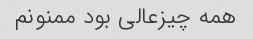
همه چیز‌عالی‌ بود ممنونم